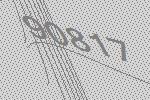
90817